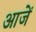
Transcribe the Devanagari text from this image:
आजें